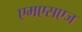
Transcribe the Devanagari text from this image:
एमएसएज